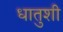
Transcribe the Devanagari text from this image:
धातुशी